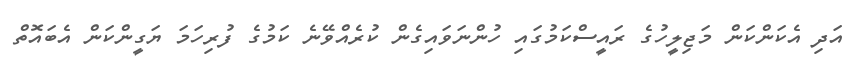
އަދި އެކަންކަން މަޖިލީހުގެ ރައީސްކަމުގައި ހުންނަވައިގެން ކުރެއްވޭނެ ކަމުގެ ފުރިހަމަ ޔަގީންކަން އެބައޮތް